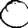
Digit: 0